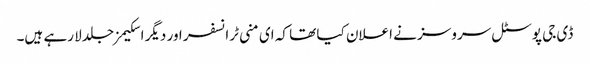
ڈی جی پوسٹل سروسز نے اعلان کیا تھا کہ ای منی ٹرانسفر اور دیگر اسکیمز جلد لا رہے ہیں۔